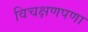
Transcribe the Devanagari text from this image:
विचक्षणपणा